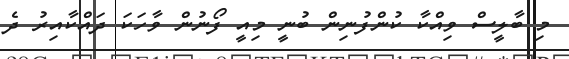
މި ބާލީސް ވިއްކާ ކުންފުނިން ބުނީ މިއީ ފޯނުން ވާހަަކަ ދައްކާއިރު ދެ